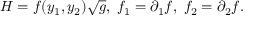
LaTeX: { \cal H } = f ( y _ { 1 } , y _ { 2 } ) \sqrt { g } , \; f _ { 1 } = \partial _ { 1 } f , \; f _ { 2 } = \partial _ { 2 } f .